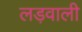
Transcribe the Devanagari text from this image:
लड़वाली